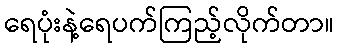
ရေပုံးနဲ့ရေပက်ကြည့်လိုက်တာ။